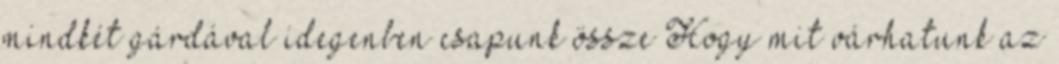
mindkét gárdával idegenben csapunk össze Hogy mit várhatunk az